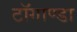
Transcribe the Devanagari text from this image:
टाॅगाण्डा